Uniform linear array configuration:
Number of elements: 48
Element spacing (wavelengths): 1
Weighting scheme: hamming
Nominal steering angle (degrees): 0
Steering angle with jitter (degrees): -1.485
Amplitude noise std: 0.05
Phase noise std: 0.05

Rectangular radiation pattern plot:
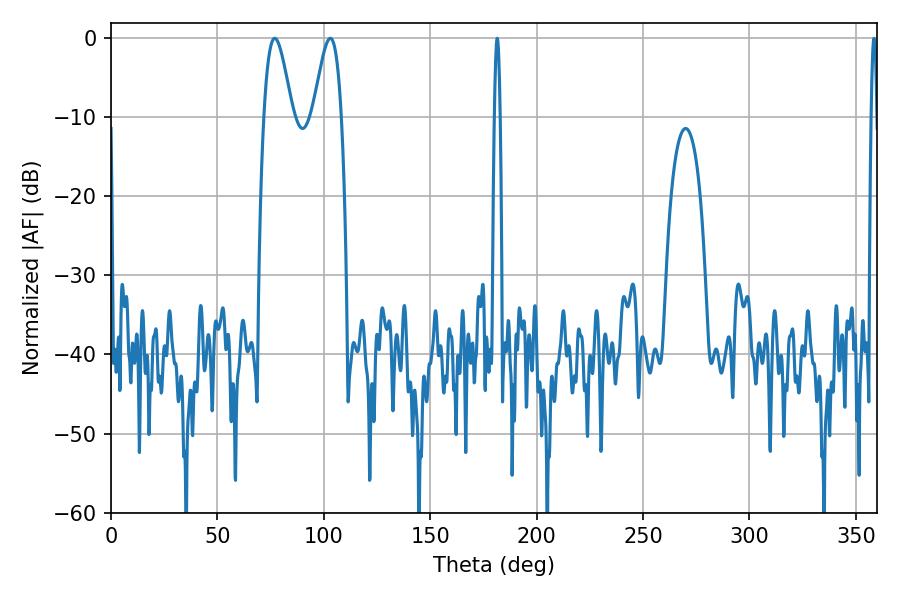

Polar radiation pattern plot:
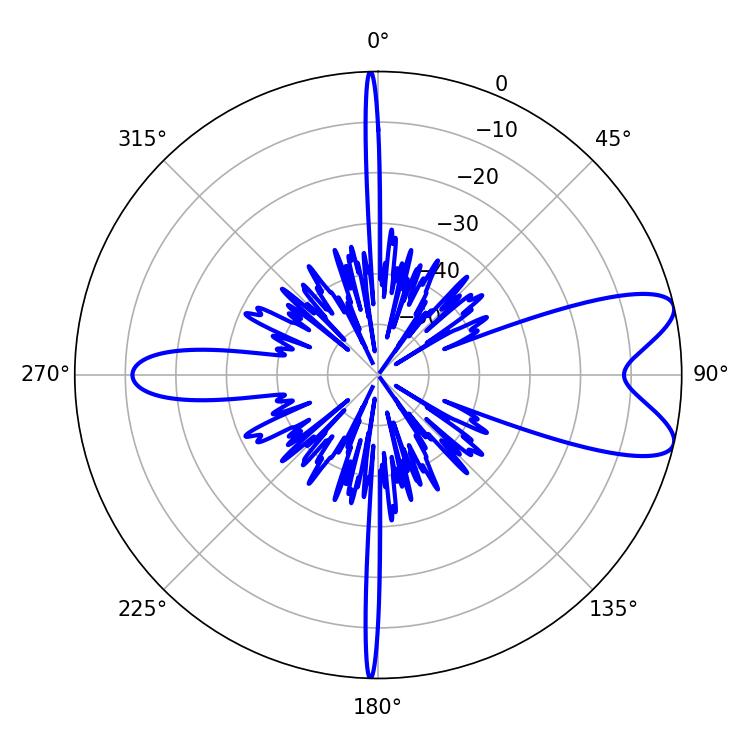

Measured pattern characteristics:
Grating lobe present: TRUE
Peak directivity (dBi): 8.784
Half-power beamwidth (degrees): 7.02
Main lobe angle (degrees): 76.86